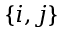
\{ i , j \}